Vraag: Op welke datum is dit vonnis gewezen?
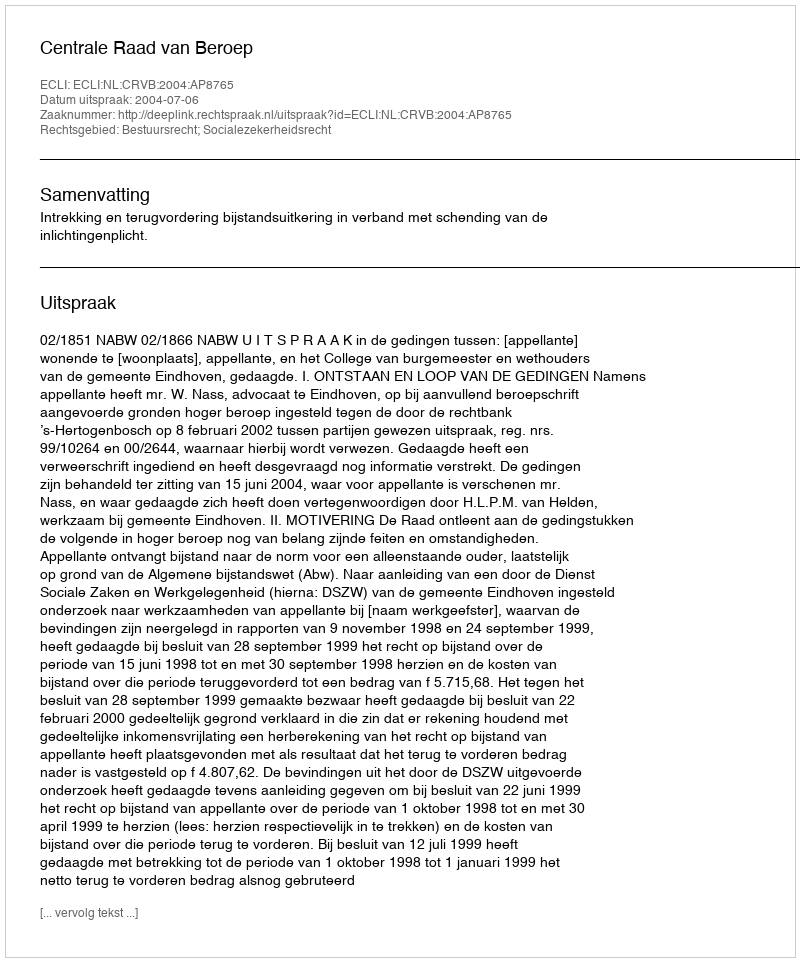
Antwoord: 2004-07-06